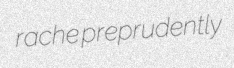
rache preprudently